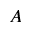
A